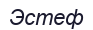
Эстеф